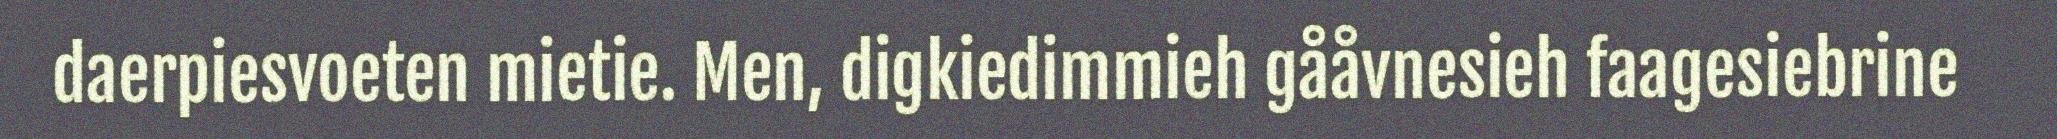
daerpiesvoeten mietie. Men, digkiedimmieh gååvnesieh faagesiebrine